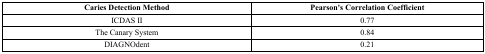
| Caries Detection Method | Pearson's Correlation Coefficient |
 | --- | --- |
 | ICDAS II | 0.77 |
 | The Canary System | 0.84 |
 | DIAGNOdent | 0.21 |